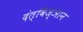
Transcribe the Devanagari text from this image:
दंत्विज्ञान